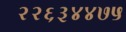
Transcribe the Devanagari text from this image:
२२६३४४७५